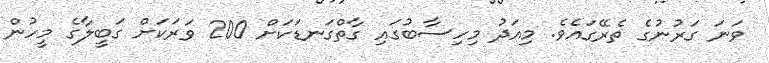
ވަަނަ ގަރުނުގެ ތެރޭގައެވެ. މިއަދު މިހިސާބުގައި ގާތްގަނޑަކަށް 200 ވަރަކަށް ގަބީލާގެ މީހުން